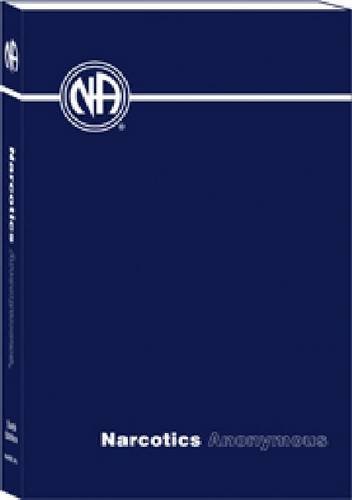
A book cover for Narcotics Anonymous; Health, Fitness & Dieting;